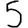
Digit: 5